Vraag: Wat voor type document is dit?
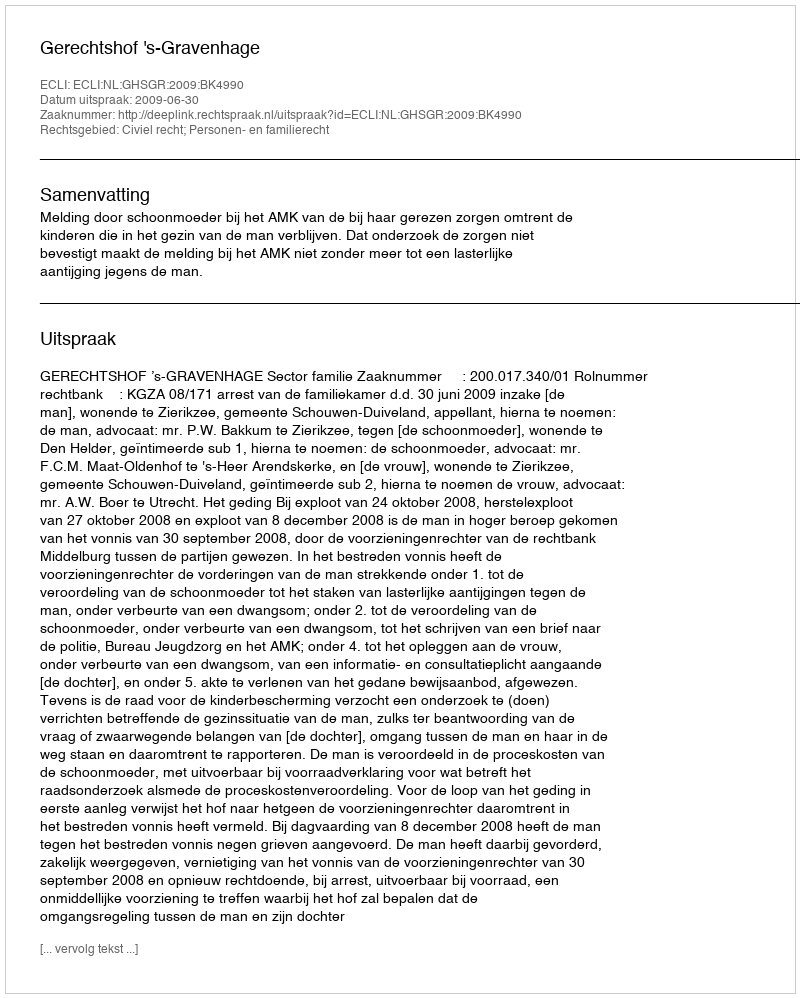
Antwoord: Uitspraak